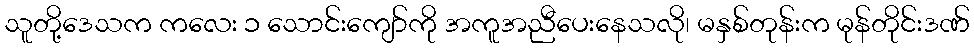
သူတို့ဒေသက ကလေး ၁ သောင်းကျော်ကို အကူအညီပေးနေသလို၊ မနှစ်တုန်းက မုန်တိုင်းဒဏ်